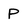
Character: P